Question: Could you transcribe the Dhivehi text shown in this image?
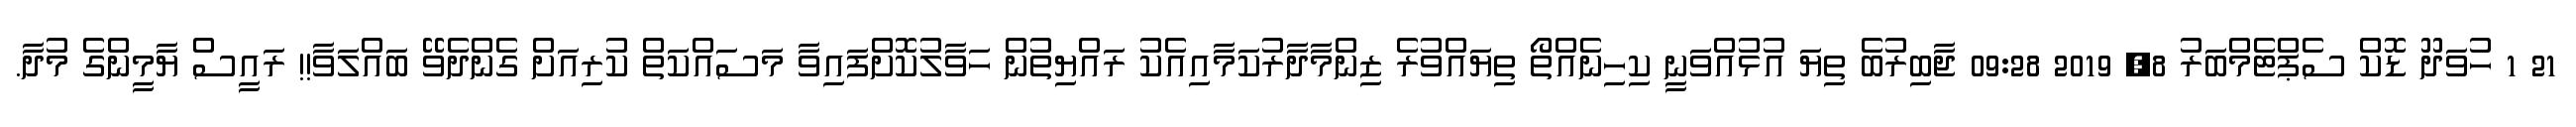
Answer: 21 1 ހުވަދޫ ޑޮކް ސެޕްޓެމްބަރު 8, 2019 09:28 ޖާބިރުބެ ތިޔަ އުޅުއްވަނީ ކިހިނެއްތޯ ތިޔައްވުރެ ޒިންމާދާރުކަމާއިއެކު ރައްޔިތުން ހަވާލުކޮށްފައިވާ މަސައްކަތް ކުރިއަށް ގެންދެވޭ ބައްލަވާ!! ރައީސް ޔާމީންގެ މުދާ.